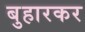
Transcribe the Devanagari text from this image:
बुहारकर